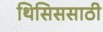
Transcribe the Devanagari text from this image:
थिसिससाठी